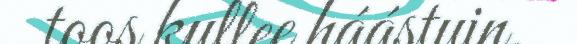
toos kullee háástuin.